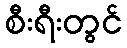
စီးရီးတွင်